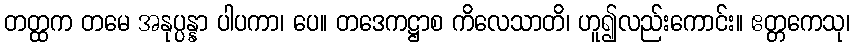
တတ္ထက တမေ အနုပ္ပန္နာ ပါပကာ၊ ပေ။ တဒေကဋ္ဌာစ ကိလေသာတိ၊ ဟူ၍လည်းကောင်း။ ဧတ္တကေသု၊